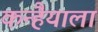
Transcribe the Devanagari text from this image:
कन्हैयाला